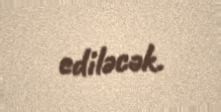
ediləcək.